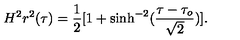
H ^ { 2 } r ^ { 2 } ( \tau ) = \frac { 1 } { 2 } [ 1 + \sinh ^ { - 2 } ( \frac { \tau - \tau _ { o } } { \sqrt { 2 } } ) ] .